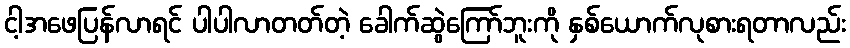
ငါ့အဖေပြန်လာရင် ပါပါလာတတ်တဲ့ ခေါက်ဆွဲကြော်ဘူးကို နှစ်ယောက်လုစားရတာလည်း